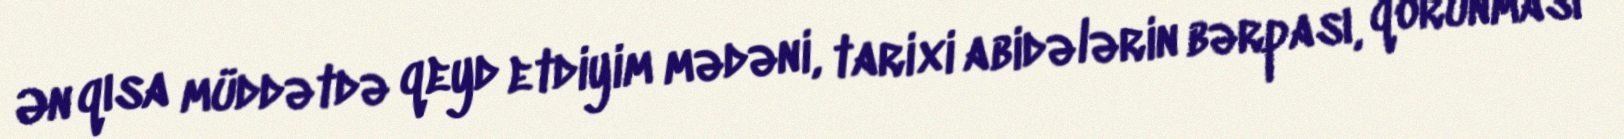
Ən qısa müddətdə qeyd etdiyim mədəni, tarixi abidələrin bərpası, qorunması